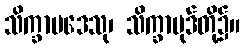
သိက္ခာပဒေသု၊ သိက္ခာပုဒ်တို့၌။